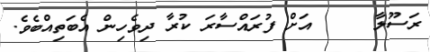
ރަސޫލާ     އަށް ފުރައްސާރަ ކުރާ ދިވެހިން އެބަތިއްބެވެ.